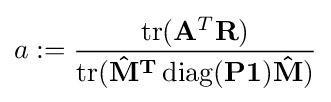
a:={\frac {\operatorname {tr} (\mathbf {A} ^{T}\mathbf {R} )}{\operatorname {tr} (\mathbf {{\hat {\mathbf {M} }}^{T}\operatorname {diag} (\mathbf {P} \mathbf {1} ){\hat {\mathbf {M} }}} )}}